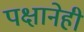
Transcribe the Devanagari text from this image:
पक्षानेही